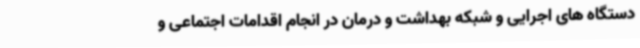
دستگاه های اجرایی و شبکه بهداشت و درمان در انجام اقدامات اجتماعی و